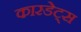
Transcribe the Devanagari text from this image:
कारडेट्स